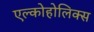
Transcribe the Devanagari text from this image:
एल्कोहोलिक्स